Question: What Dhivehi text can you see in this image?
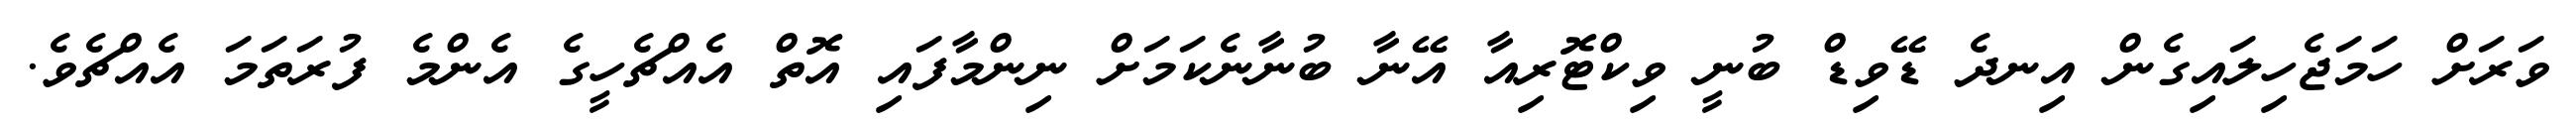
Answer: ވަރަށް ހަމަޖެހިލައިގެން އިނދެ ޑޭވިޑް ބުނީ ވިކްޓޮރިއާ އޭނާ ބުނާނެކަމަށް ނިންމާފައި އޮތް އެއްޗެހީގެ އެންމެ ފުރަތަމަ އެއްޗެވެ.